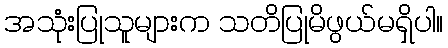
အသုံးပြုသူများက သတိပြုမိဖွယ်မရှိပါ။